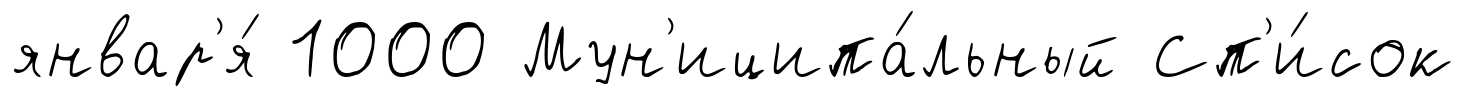
январ'я́ 1000 Мун'иципа́льный Сп'и́сок